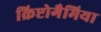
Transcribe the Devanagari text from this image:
क्रिप्टोगैमिया